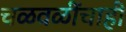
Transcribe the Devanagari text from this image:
चळवळींचाही